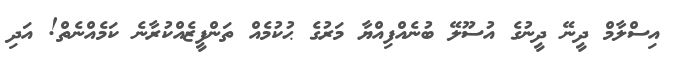
އިސްލާމް ދީނޭ ދީނުގެ އުސޫލޭ ބުނެއްފިއްޔާ މަރުގެ ޙުކުމެއް ތަންފީޒެއްކުރާނެ ކަމެއްނެތް! އަދި